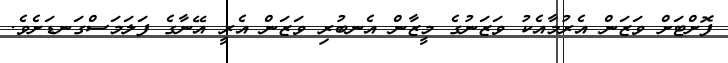
ފޮށްޓަށް ވަޒަން އެރުމާއެކު ވަޒަނުގެ މީޒާން އެނބުރި ވަޒަން އެރީ އޭނާގެ ފަލަމަސްގަނޑަށެވެ.